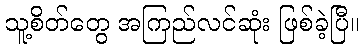
သူ့စိတ်တွေ အကြည်လင်ဆုံး ဖြစ်ခဲ့ပြီ။